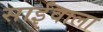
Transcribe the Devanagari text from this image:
साईंवाला